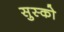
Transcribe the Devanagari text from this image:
सुस्को